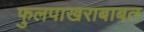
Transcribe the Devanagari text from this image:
फुलपाखराबाबत